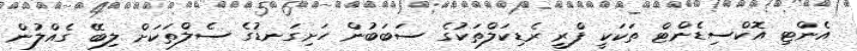
އެންޓި އޮކްސިޑެންޓް ތަކަކީ ފްރީ ރެޑިކަލްތަކުގެ ސަބަބުން ހަށިގަނޑުގެ ސެލްތަކަށް ލިބޭ ގެއްލުން